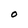
Character: O